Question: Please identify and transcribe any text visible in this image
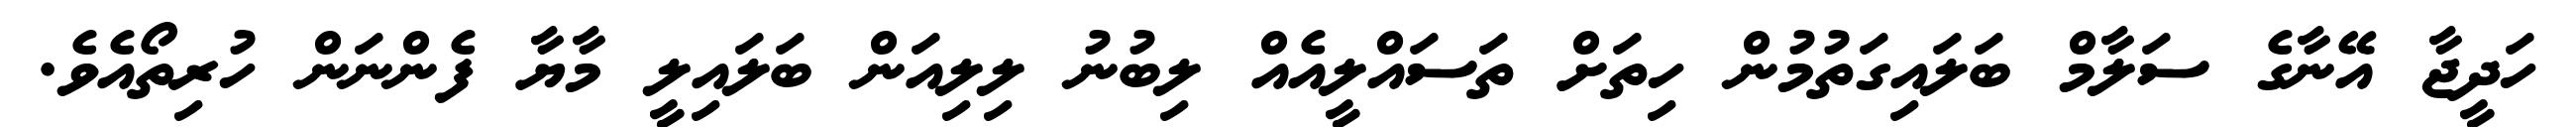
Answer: ހަދީޖާ އޭނާގެ ސަލާމް ބަލައިގަތުމުން ހިތަށް ތަސައްލީއެއް ލިބުނު ލިލިއަން ބަލައިލީ މާޔާ ފެންނަން ހުރިތޯއެވެ.